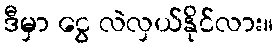
ဒီမှာ ငွေ လဲလှယ်နိုင်လား။